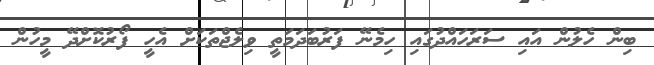
ބިން ހެލުން އައި ސަރަހައްދުގައި ހިމެނޭ ފަރުބަދަމަތީ ވިލެޖްތަކަށް އެހީ ފޯރުކޮށްދޭ މީހުން